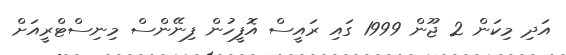
އަދި މިކަން 2 ޖޫން 1999 ގައި ރައީސް އޮފީހުން ފިނޭންސް މިނިސްޓްރީއަށް